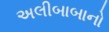
અલીબાબાનો